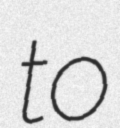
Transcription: to